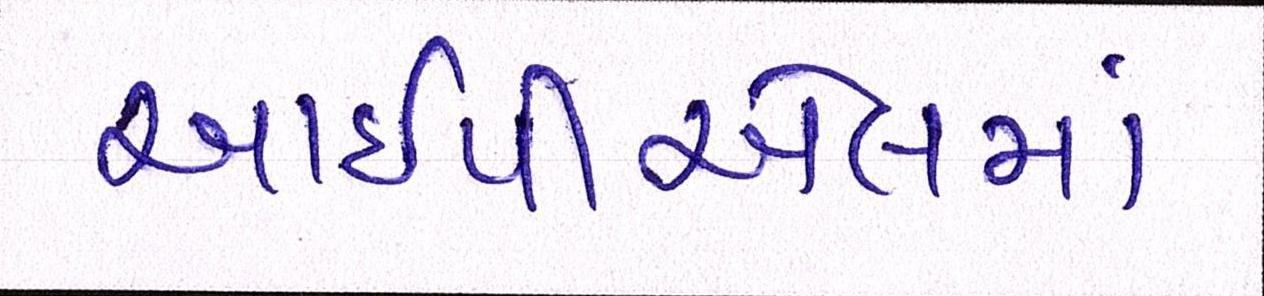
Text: આઇપીએલમાં